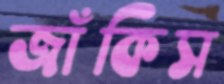
জাঁকিস